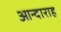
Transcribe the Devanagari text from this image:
आन्दाराह